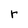
Character: r